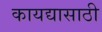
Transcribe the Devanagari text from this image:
कायद्यासाठी